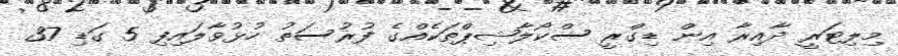
މިލިޓަރީ ދާއިރާ އިން ޑިގްރީ ސްކޯލާޝިޕްތަކެއްގެ ފުރުސަތު ހުޅުވާލައިފި 5 ގަޑި 37